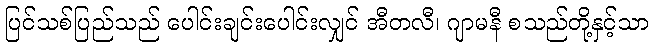
ပြင်သစ်ပြည်သည် ပေါင်းချင်းပေါင်းလျှင် အီတလီ၊ ဂျာမနီ စသည်တို့နှင့်သာ